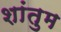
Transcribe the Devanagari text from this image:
शांतुम